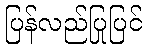
ပြန်လည်ပြုပြင်